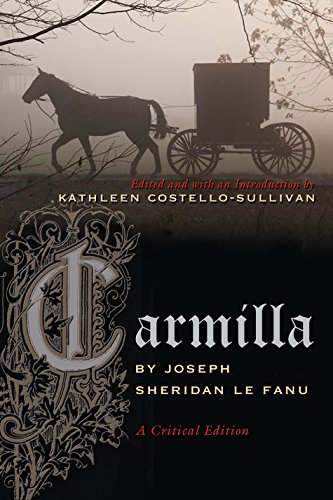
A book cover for Carmilla: A Critical Edition (Irish Studies); Joseph Le Fanu; Literature & Fiction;